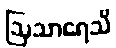
ဩသာရေသိ